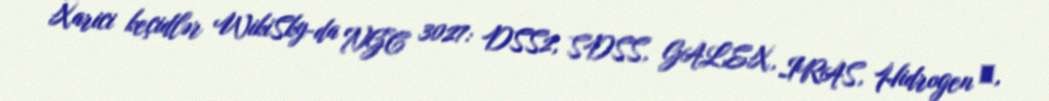
Xarici keçidlər WikiSky-da NGC 3027: DSS2, SDSS, GALEX, IRAS, Hidrogen α,